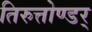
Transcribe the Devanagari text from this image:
तिरुत्तोण्डर्